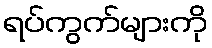
ရပ်ကွက်များကို